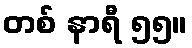
တစ် နာရီ ၅၅။